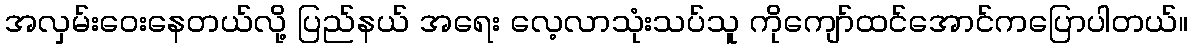
အလှမ်းဝေးနေတယ်လို့ ပြည်နယ် အရေး လေ့လာသုံးသပ်သူ ကိုကျော်ထင်အောင်ကပြောပါတယ်။